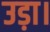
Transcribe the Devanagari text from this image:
उड़ा।